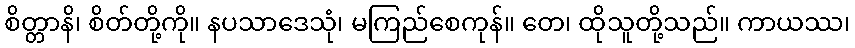
စိတ္တာနိ၊ စိတ်တို့ကို။ နပသာဒေသုံ၊ မကြည်စေကုန်။ တေ၊ ထိုသူတို့သည်။ ကာယဿ၊